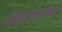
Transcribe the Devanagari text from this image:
ऑब्झरव्हेटरीच्या